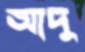
আদু